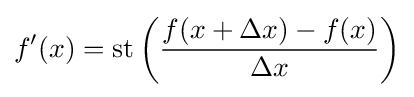
f'(x)=\operatorname {st} \left({\frac {f(x+\Delta x)-f(x)}{\Delta x}}\right)